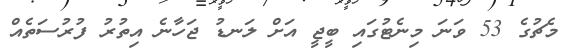
މެޗުގެ 53 ވަނަ މިނެޓުގައި ބީޖީ އަށް ލަނޑު ޖަހާނެ އިތުރު ފުރުސަތެއް